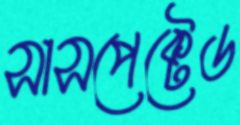
সাসপেক্টেড